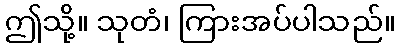
ဤသို့။ သုတံ၊ ကြားအပ်ပါသည်။